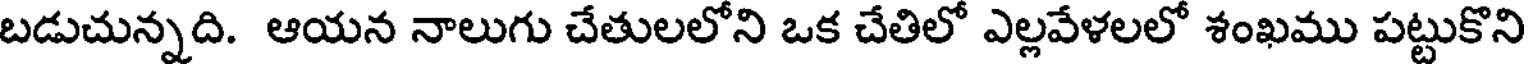
బడుచున్నది. ఆయన నాలుగు చేతులలోని ఒక చేతిలో ఎల్లవేళలలో శంఖము పట్టుకొని